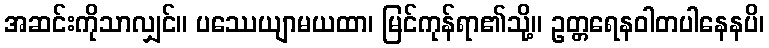
အဆင်းကိုသာလျှင်။ ပဿေယျာမယထာ၊ မြင်ကုန်ရာ၏သို့။ ဥတ္တရေနဝါတပါနေနပိ၊